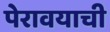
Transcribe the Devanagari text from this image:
पेरावयाची